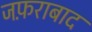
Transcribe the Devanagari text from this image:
जफ़राबाद